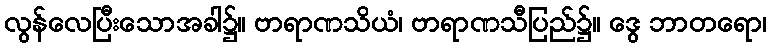
လွန်လေပြီးသောအခါ၌။ ဗာရာဏသိယံ၊ ဗာရာဏသီပြည်၌။ ဒွေ ဘာတရော၊